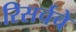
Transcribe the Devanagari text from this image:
रिसर्चचे